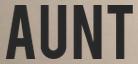
AUNT